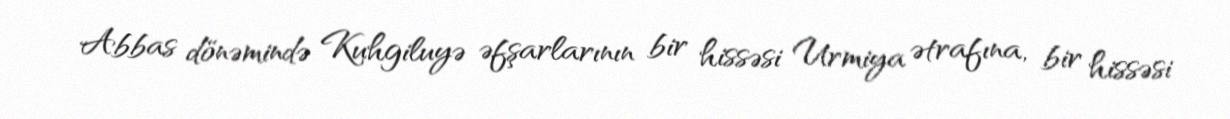
Abbas dönəmində Kuhgiluyə əfşarlarının bir hissəsi Urmiya ətrafına, bir hissəsi